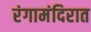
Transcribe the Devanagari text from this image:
रंगामंदिरात